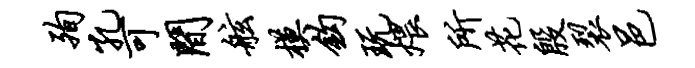
殉孔可间舷模钩玩煨所花殷裂邑